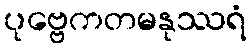
ပုဗ္ဗေကတမနုဿရံ